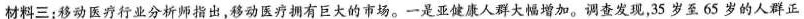
材料三：移动医疗行业分析师指出，移动医疗拥有巨大的市场。一是亚健康人群大幅增加。调查发现，35岁至65岁的人群正